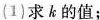
(1)求k的值；